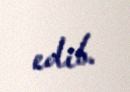
edib.